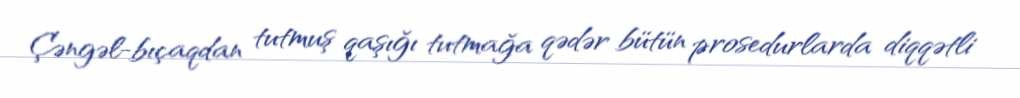
Çəngəl-bıçaqdan tutmuş qaşığı tutmağa qədər bütün prosedurlarda diqqətli